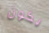
يكون